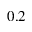
0 . 2